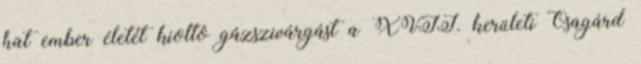
hat ember életét kioltó gázszivárgást a XVII. kerületi Ősagárd